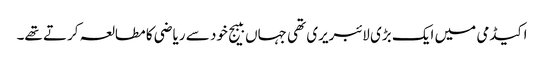
اکیڈمی میں ایک بڑی لائبریری تھی جہاں ببیج خود سے ریاضی کا مطالعہ کرتے تھے۔